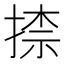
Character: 𭡠